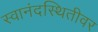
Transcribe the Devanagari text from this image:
स्वानंदस्थितीवर